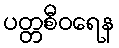
ပတ္တစီဝရေန